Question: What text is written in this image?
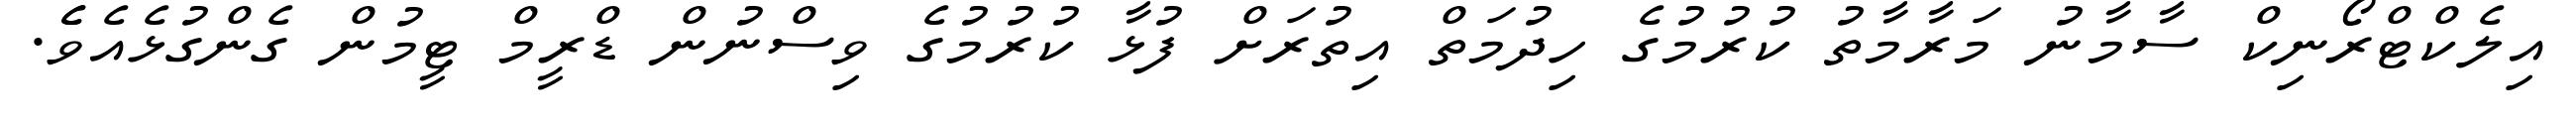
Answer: އިލެކްޓްރޯނިކް ސާމާނު މަރާމާތު ކުރުމުގެ ހިދުމަތް އިތުރަށް ފުޅާ ކުރުމުގެ ވިސްނުން ޑްރީމް ޓީމުން ގެންގުޅެއެވެެ.